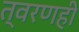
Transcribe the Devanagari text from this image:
त्वरणही